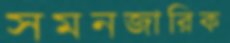
সমনজারিক